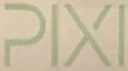
PIXI